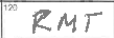
Transcription: RMT